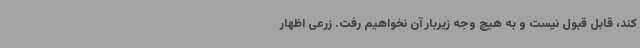
کند، قابل قبول نیست و به هیچ وجه زیربار آن نخواهیم رفت. زرعی اظهار